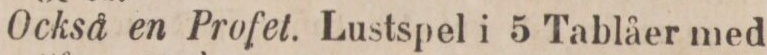
Också en Profet. Lustspel i 5 Tablåer med